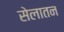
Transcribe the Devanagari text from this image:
सेलातन